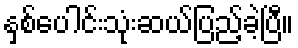
နှစ်ပေါင်းသုံးဆယ်ပြည့်ခဲ့ပြီ။